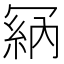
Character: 𠖘